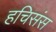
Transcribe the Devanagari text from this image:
हचिसंस